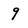
Character: 9